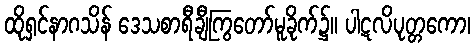
ထိုရှင်နာဂသိန် ဒေသစာရီချီကြွတော်မူခိုက်၌။ ပါဋလိပုတ္တကော၊